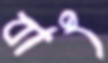
বাৎ